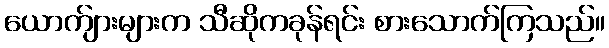
ယောက်ျားများက သီဆိုကခုန်ရင်း စားသောက်ကြသည်။